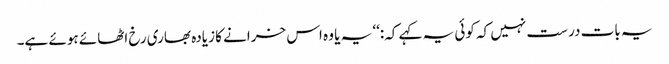
یہ بات درست نہیں کہ کوئی یہ کہے کہ:‘‘ یہ یا وہ اس خرانے کا زیادہ بھاری رخ اٹھائے ہوئے ہے۔